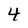
Character: 4